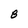
Character: B